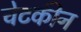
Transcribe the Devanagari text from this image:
चेटकीन